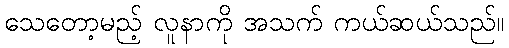
သေတော့မည့် လူနာကို အသက် ကယ်ဆယ်သည်။